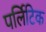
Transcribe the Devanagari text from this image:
पर्लिटिक